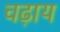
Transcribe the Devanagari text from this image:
चढ़ाय